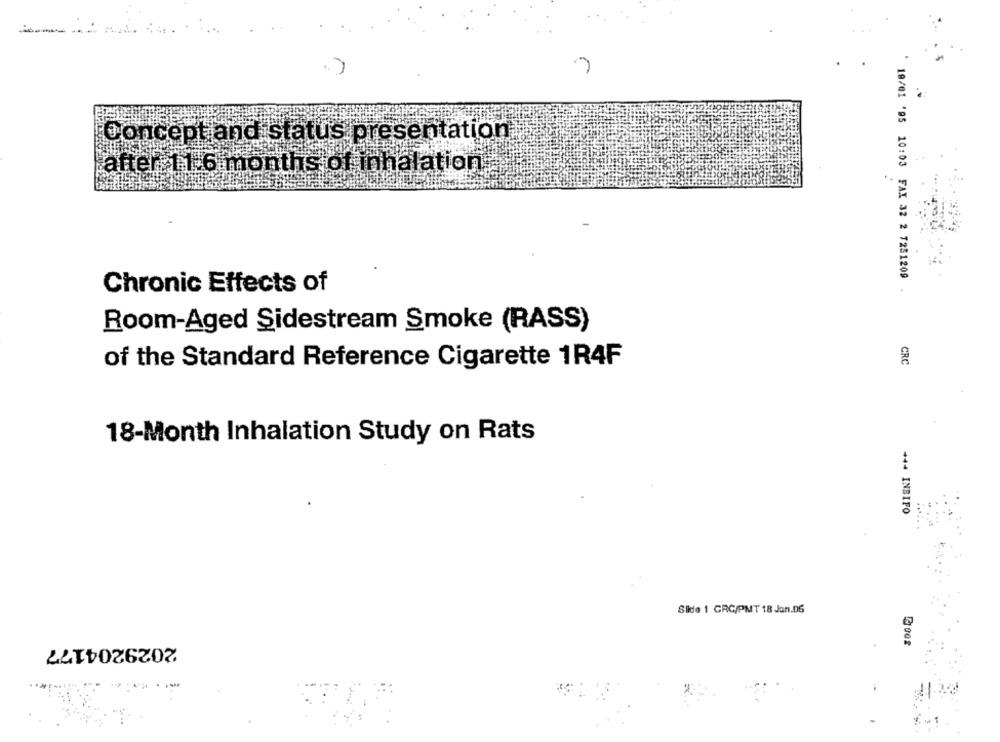
Concept and status presentation
after 11.6 months of inhalation
18/01 '95 10:03 FAX 32 2 7251209
Chronic Effects of
Room-Aged Sidestream Smoke (RASS)
of the Standard Reference Cigarette 1R4F
CRC
18-Month Inhalation Study on Rats
+++ INBIFO
Slide 1 CRC/PMT 18 Jan.06
8
2029204177